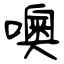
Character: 噢